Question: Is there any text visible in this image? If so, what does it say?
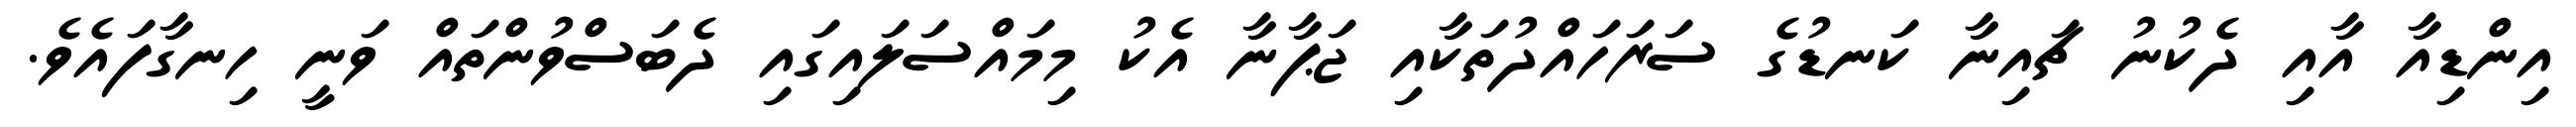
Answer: އިންޑިއާ އާއި ދެކުނު ޗައިނާ ކަނޑުގެ ސަރަހައްދުތަކާއި ޖަޕާނާ އެކު މިމައްސަލައިގައި ދެބަސްވުންތައް ވަނީ ހިނގާފައެވެ.